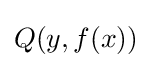
Q(y,f(x))